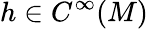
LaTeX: h\in C^{\infty}(M)